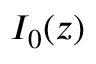
I _ { 0 } ( z )